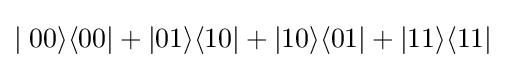
\mid 00\rangle \langle 00\vert +\vert 01\rangle \langle 10\vert +\vert 10\rangle \langle 01\vert +\vert 11\rangle \langle 11\vert